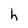
Character: h